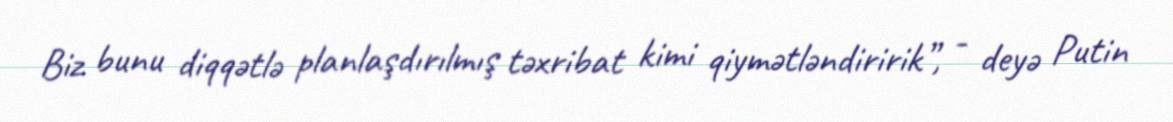
Biz bunu diqqətlə planlaşdırılmış təxribat kimi qiymətləndiririk”, - deyə Putin